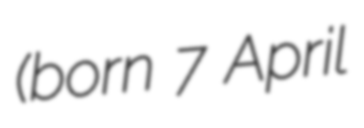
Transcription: (born 7 April